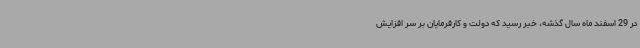
در 29 اسفند ماه سال گذشه، خبر رسید که دولت و کارفرمایان بر سر افزایش